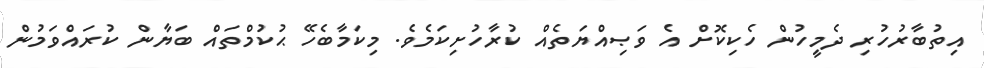
އިތުބާރުހުރި ދެމީހުން ހެކިކޮށް އެ ވަޞިއްޔަތެއް ކުރާހުށިކަމެވެ. މިކަމާބެހޭ ޙުކުމްތައް ބަޔާން ކުރައްވަމުން